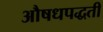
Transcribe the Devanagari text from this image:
औषधपद्धती